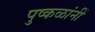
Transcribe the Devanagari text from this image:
पुष्कळांनीं